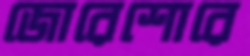
জোরেশোরে